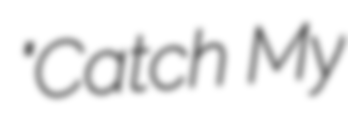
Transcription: "Catch My